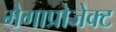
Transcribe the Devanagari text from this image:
मेगाप्रोजेक्ट